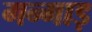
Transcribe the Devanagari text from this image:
गन्गाड़